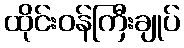
ထိုင်းဝန်ကြီးချုပ်